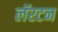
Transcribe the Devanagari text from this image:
लॅरटन